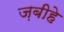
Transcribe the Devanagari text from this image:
ज़बीहे